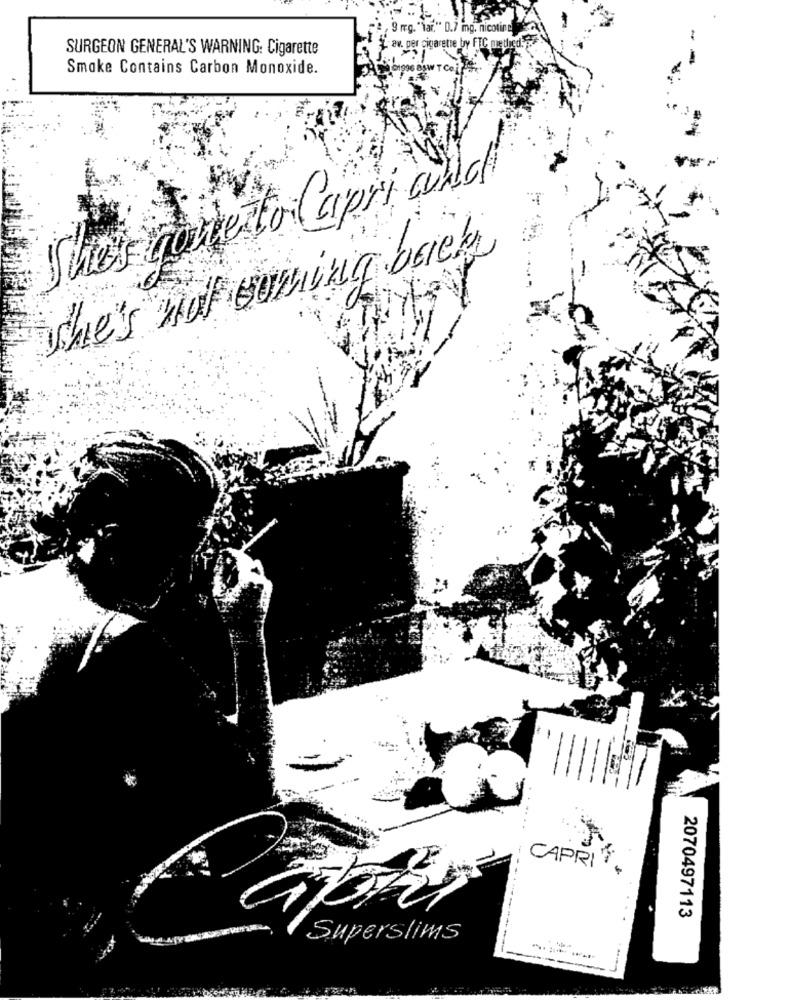
1.7 mg. nicotine
SURGEON GENERAL'S WARNING: Cigarette
av. per cigarette by FTC methed.
Smake Contains Carbon Monoxide.
She's contexto Capri would
she's not suming briey
...
CAPRI
2070497113
Superslims